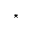
\star